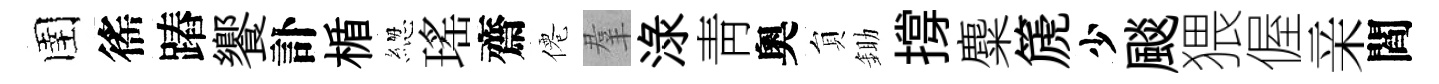
圉徭蹖饗訃楯緫瑤齋僊羣渌靑奧貟鋤撐麋篪少颷猥偓亲閻